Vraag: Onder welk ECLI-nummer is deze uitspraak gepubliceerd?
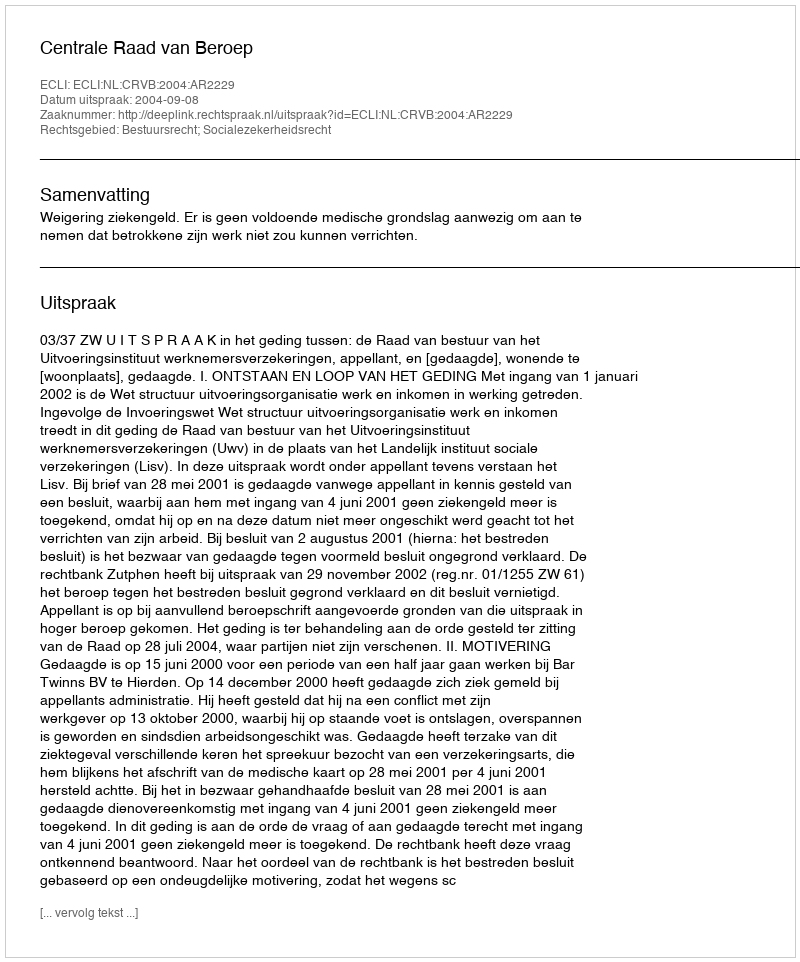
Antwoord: ECLI:NL:CRVB:2004:AR2229